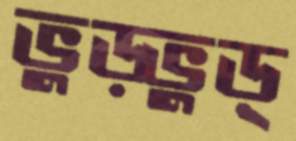
ভুড়্‌ভুড়্‌